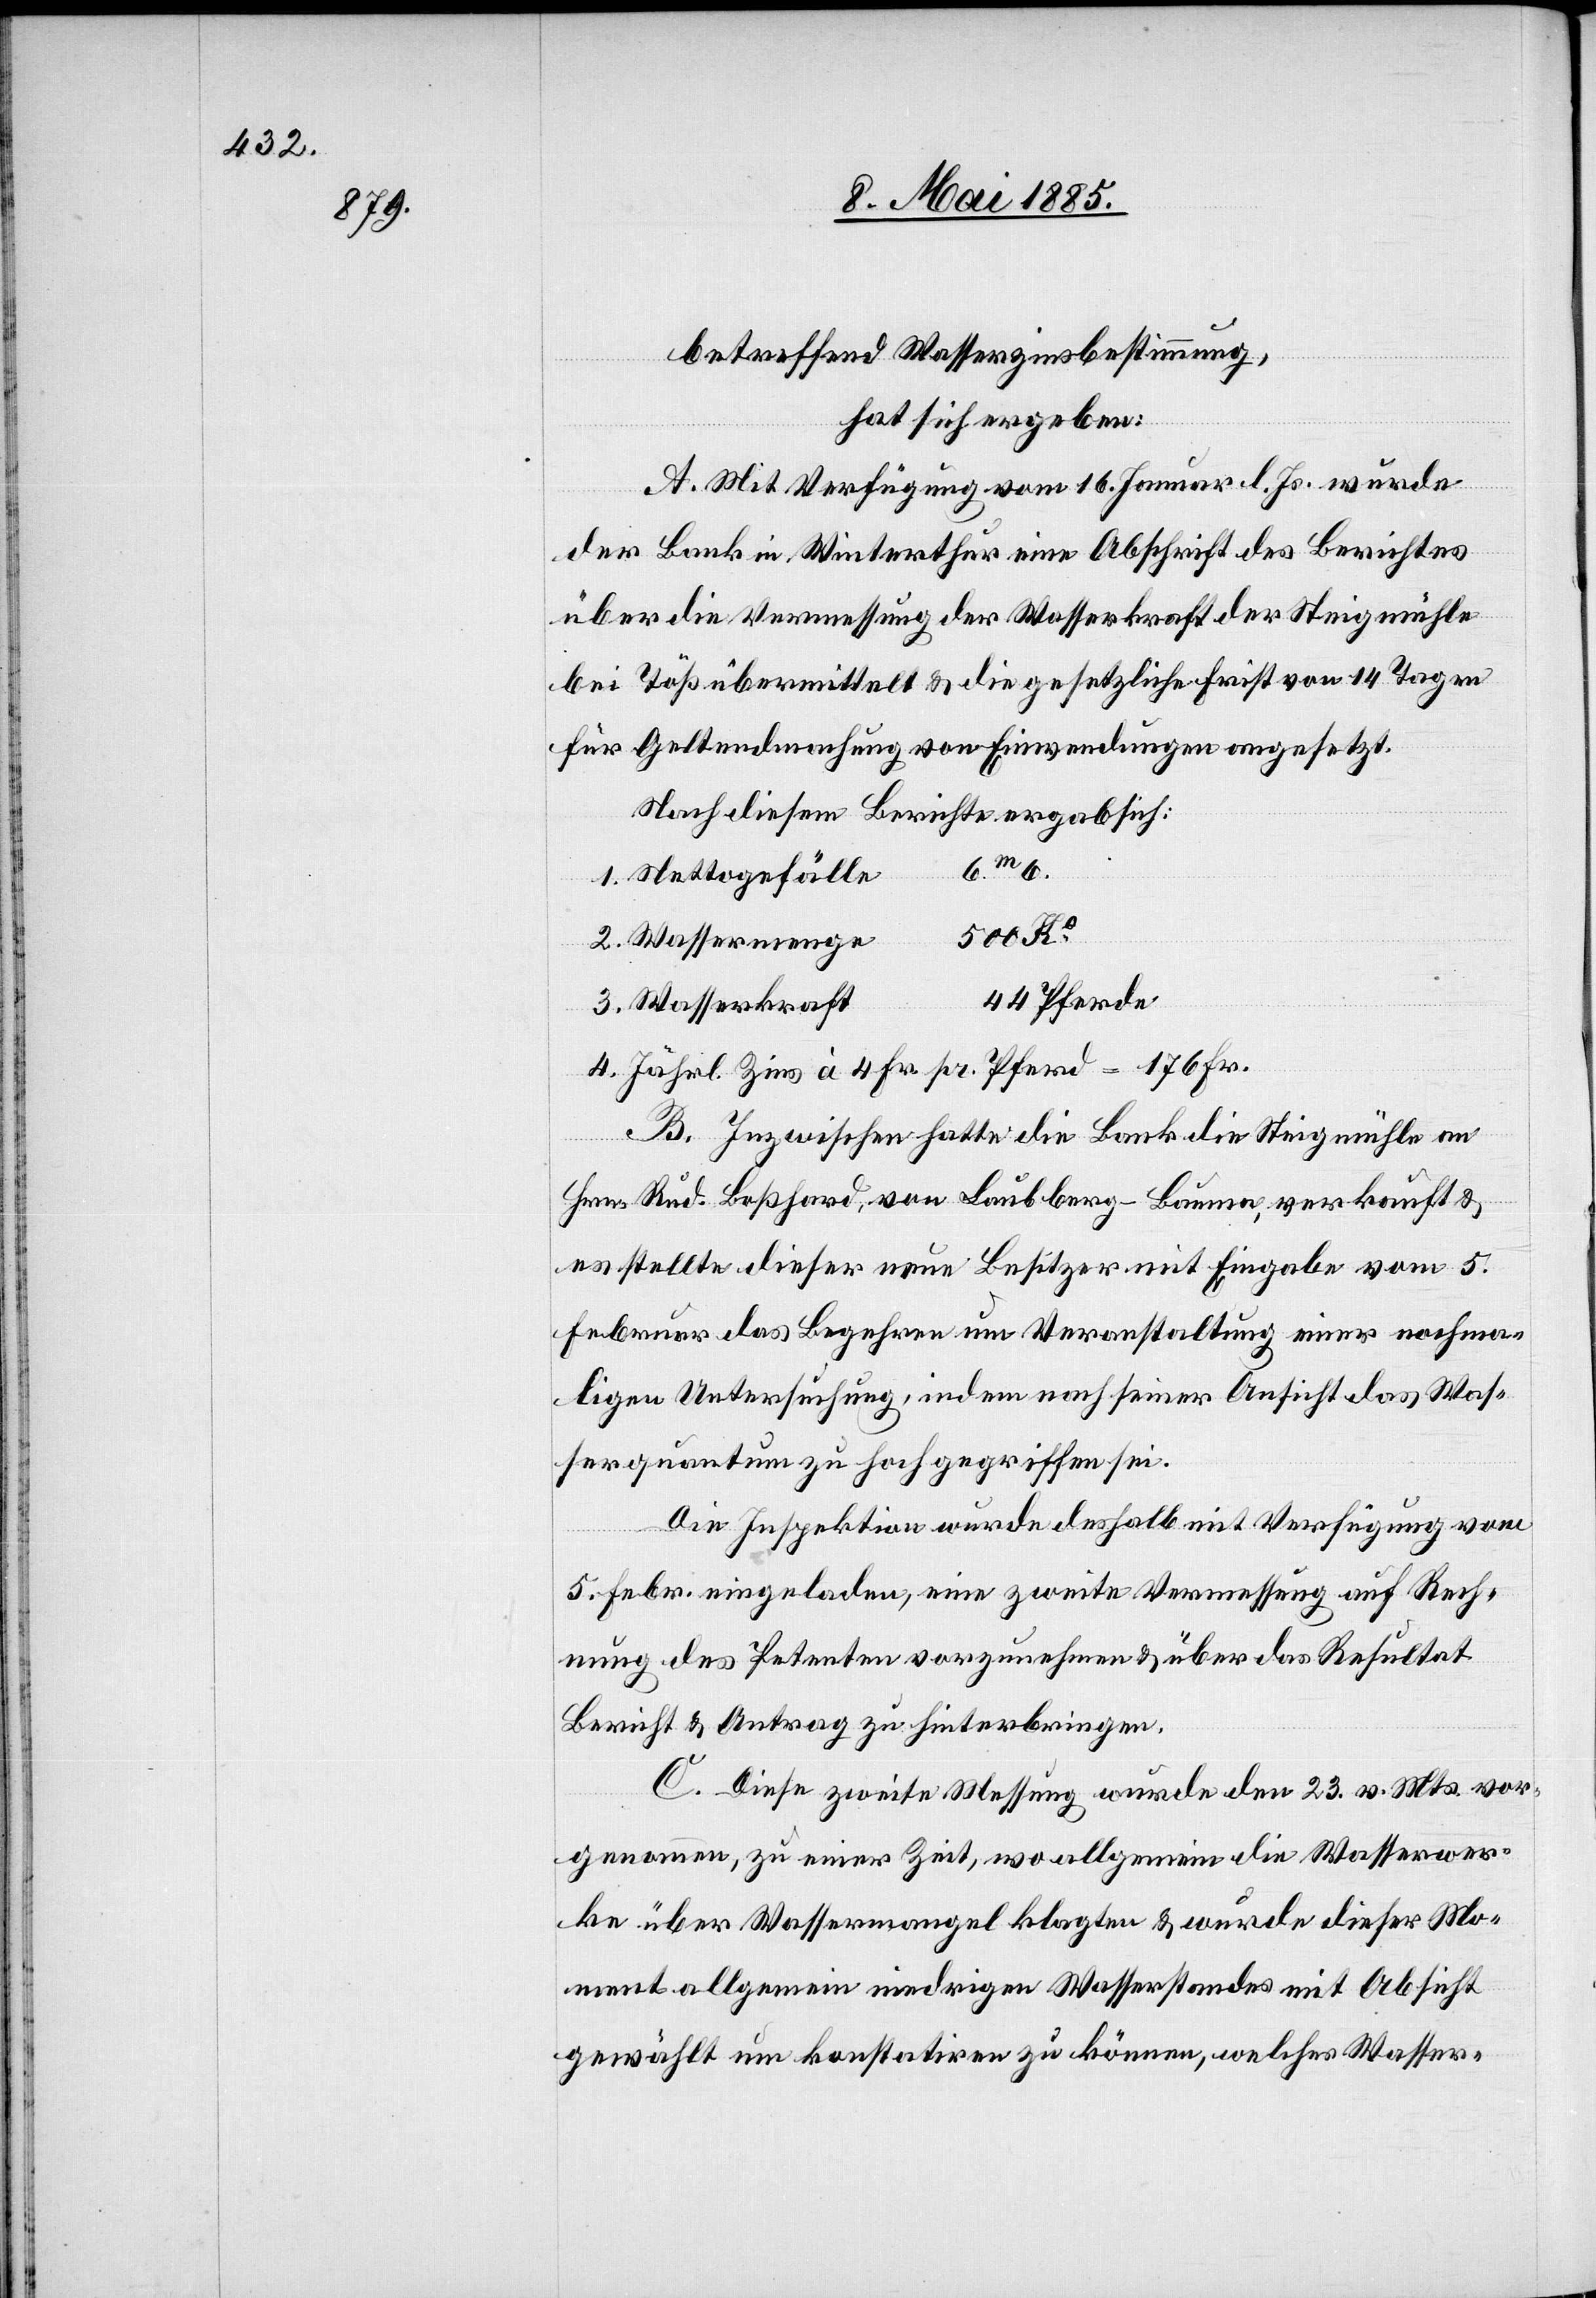
menge
betreffend Wasserzinsbestimmung,
hat sich ergeben:
A. Mit Verfügung vom 16. Januar d. Js. wurde
der Bank in Winterthur eine Abschrift des Berichtes
über die Vermessung der Wasserkraft der Steigmühle
bei Töß übermittelt & die gesetzliche Frist von 14 Tagen
für Geltendmachung von Einwendungen angesetzt.
Nach diesem Berichte ergab sich:
6 m 6.
4.
44 Pferde
Wasserkraft
Jährl. Zins à 4 Fr. pr. Pferd = 176 Fr.
B. Inzwischen hatte die Bank die Steigmühle an
Hrn. Rud. Boßhard, von Laubberg - Bauma, verkauft &
es stellte dieser neue Besitzer mit Eingabe vom 5.
Februar das Begehren um Veranstaltung einer nochma¬
ligen Untersuchung, indem nach seiner Ansicht das Was¬
serquantum zu hoch gegriffen sei.
Die Inspektion wurde deshalb mit Verfügung vom
5. Febr. eingeladen, eine zweite Vermessung auf Rech¬
nung des Petenten vorzunehmen & über das Resultat
Bericht & Antrag zu hinterbringen.
C. Diese zweite Messung wurde den 23. v. Mts. vor¬
genommen, zu einer Zeit, wo allgemein die Wasserwer¬
ke über Wassermangel klagten & wurde dieser Mo¬
ment allgemein niedrigen Wasserstandes mit Absicht
gewählt um konstatiren zu können, welches Wasser-